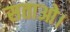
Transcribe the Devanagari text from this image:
सताओ।